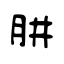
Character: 肼